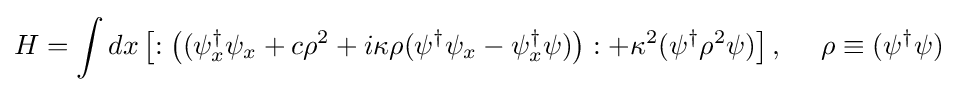
{H}=\int dx\left[:\left((\psi _{x}^{\dagger }\psi _{x}+c\rho ^{2}+i\kappa \rho (\psi ^{\dagger }\psi _{x}-\psi _{x}^{\dagger }\psi )\right):+\kappa ^{2}(\psi ^{\dagger }\rho ^{2}\psi )\right],\ \ \ \ \rho \equiv (\psi ^{\dagger }\psi )